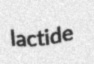
lactide